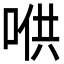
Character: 𱓋